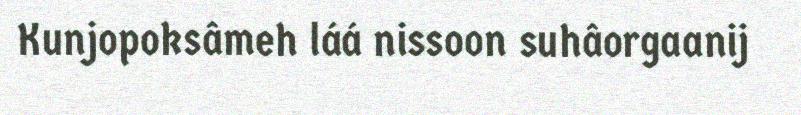
Kunjopoksâmeh láá nissoon suhâorgaanij